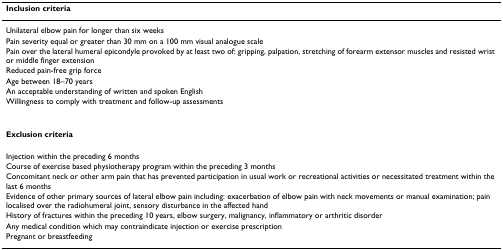
<table><thead><tr><td><b>Inclusion criteria</b></td></tr></thead><tbody><tr><td>Unilateral elbow pain for longer than six weeks</td></tr><tr><td>Pain severity equal or greater than 30 mm on a 100 mm visual analogue scale</td></tr><tr><td>Pain over the lateral humeral epicondyle provoked by at least two of: gripping, palpation, stretching of forearm extensor muscles and resisted wrist or middle finger extension</td></tr><tr><td>Reduced pain-free grip force</td></tr><tr><td>Age between 18–70 years</td></tr><tr><td>An acceptable understanding of written and spoken English</td></tr><tr><td>Willingness to comply with treatment and follow-up assessments</td></tr><tr><td><b>Exclusion criteria</b></td></tr><tr><td>Injection within the preceding 6 months</td></tr><tr><td>Course of exercise based physiotherapy program within the preceding 3 months</td></tr><tr><td>Concomitant neck or other arm pain that has prevented participation in usual work or recreational activities or necessitated treatment within the last 6 months</td></tr><tr><td>Evidence of other primary sources of lateral elbow pain including: exacerbation of elbow pain with neck movements or manual examination; pain localised over the radiohumeral joint, sensory disturbance in the affected hand</td></tr><tr><td>History of fractures within the preceding 10 years, elbow surgery, malignancy, inflammatory or arthritic disorder</td></tr><tr><td>Any medical condition which may contraindicate injection or exercise prescription</td></tr><tr><td>Pregnant or breastfeeding</td></tr></tbody></table>